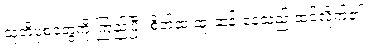
သူတို့ပုံစံတွေကို ကြည့်ပြီး စိတ်ထဲ ထူးဆန်းနေသည် ထင်လိုက်၏။